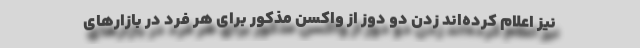
نیز اعلام کرده‌اند زدن دو دوز از واکسن مذکور برای هر فرد در بازارهای